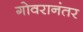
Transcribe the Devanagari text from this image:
गोवरानंतर